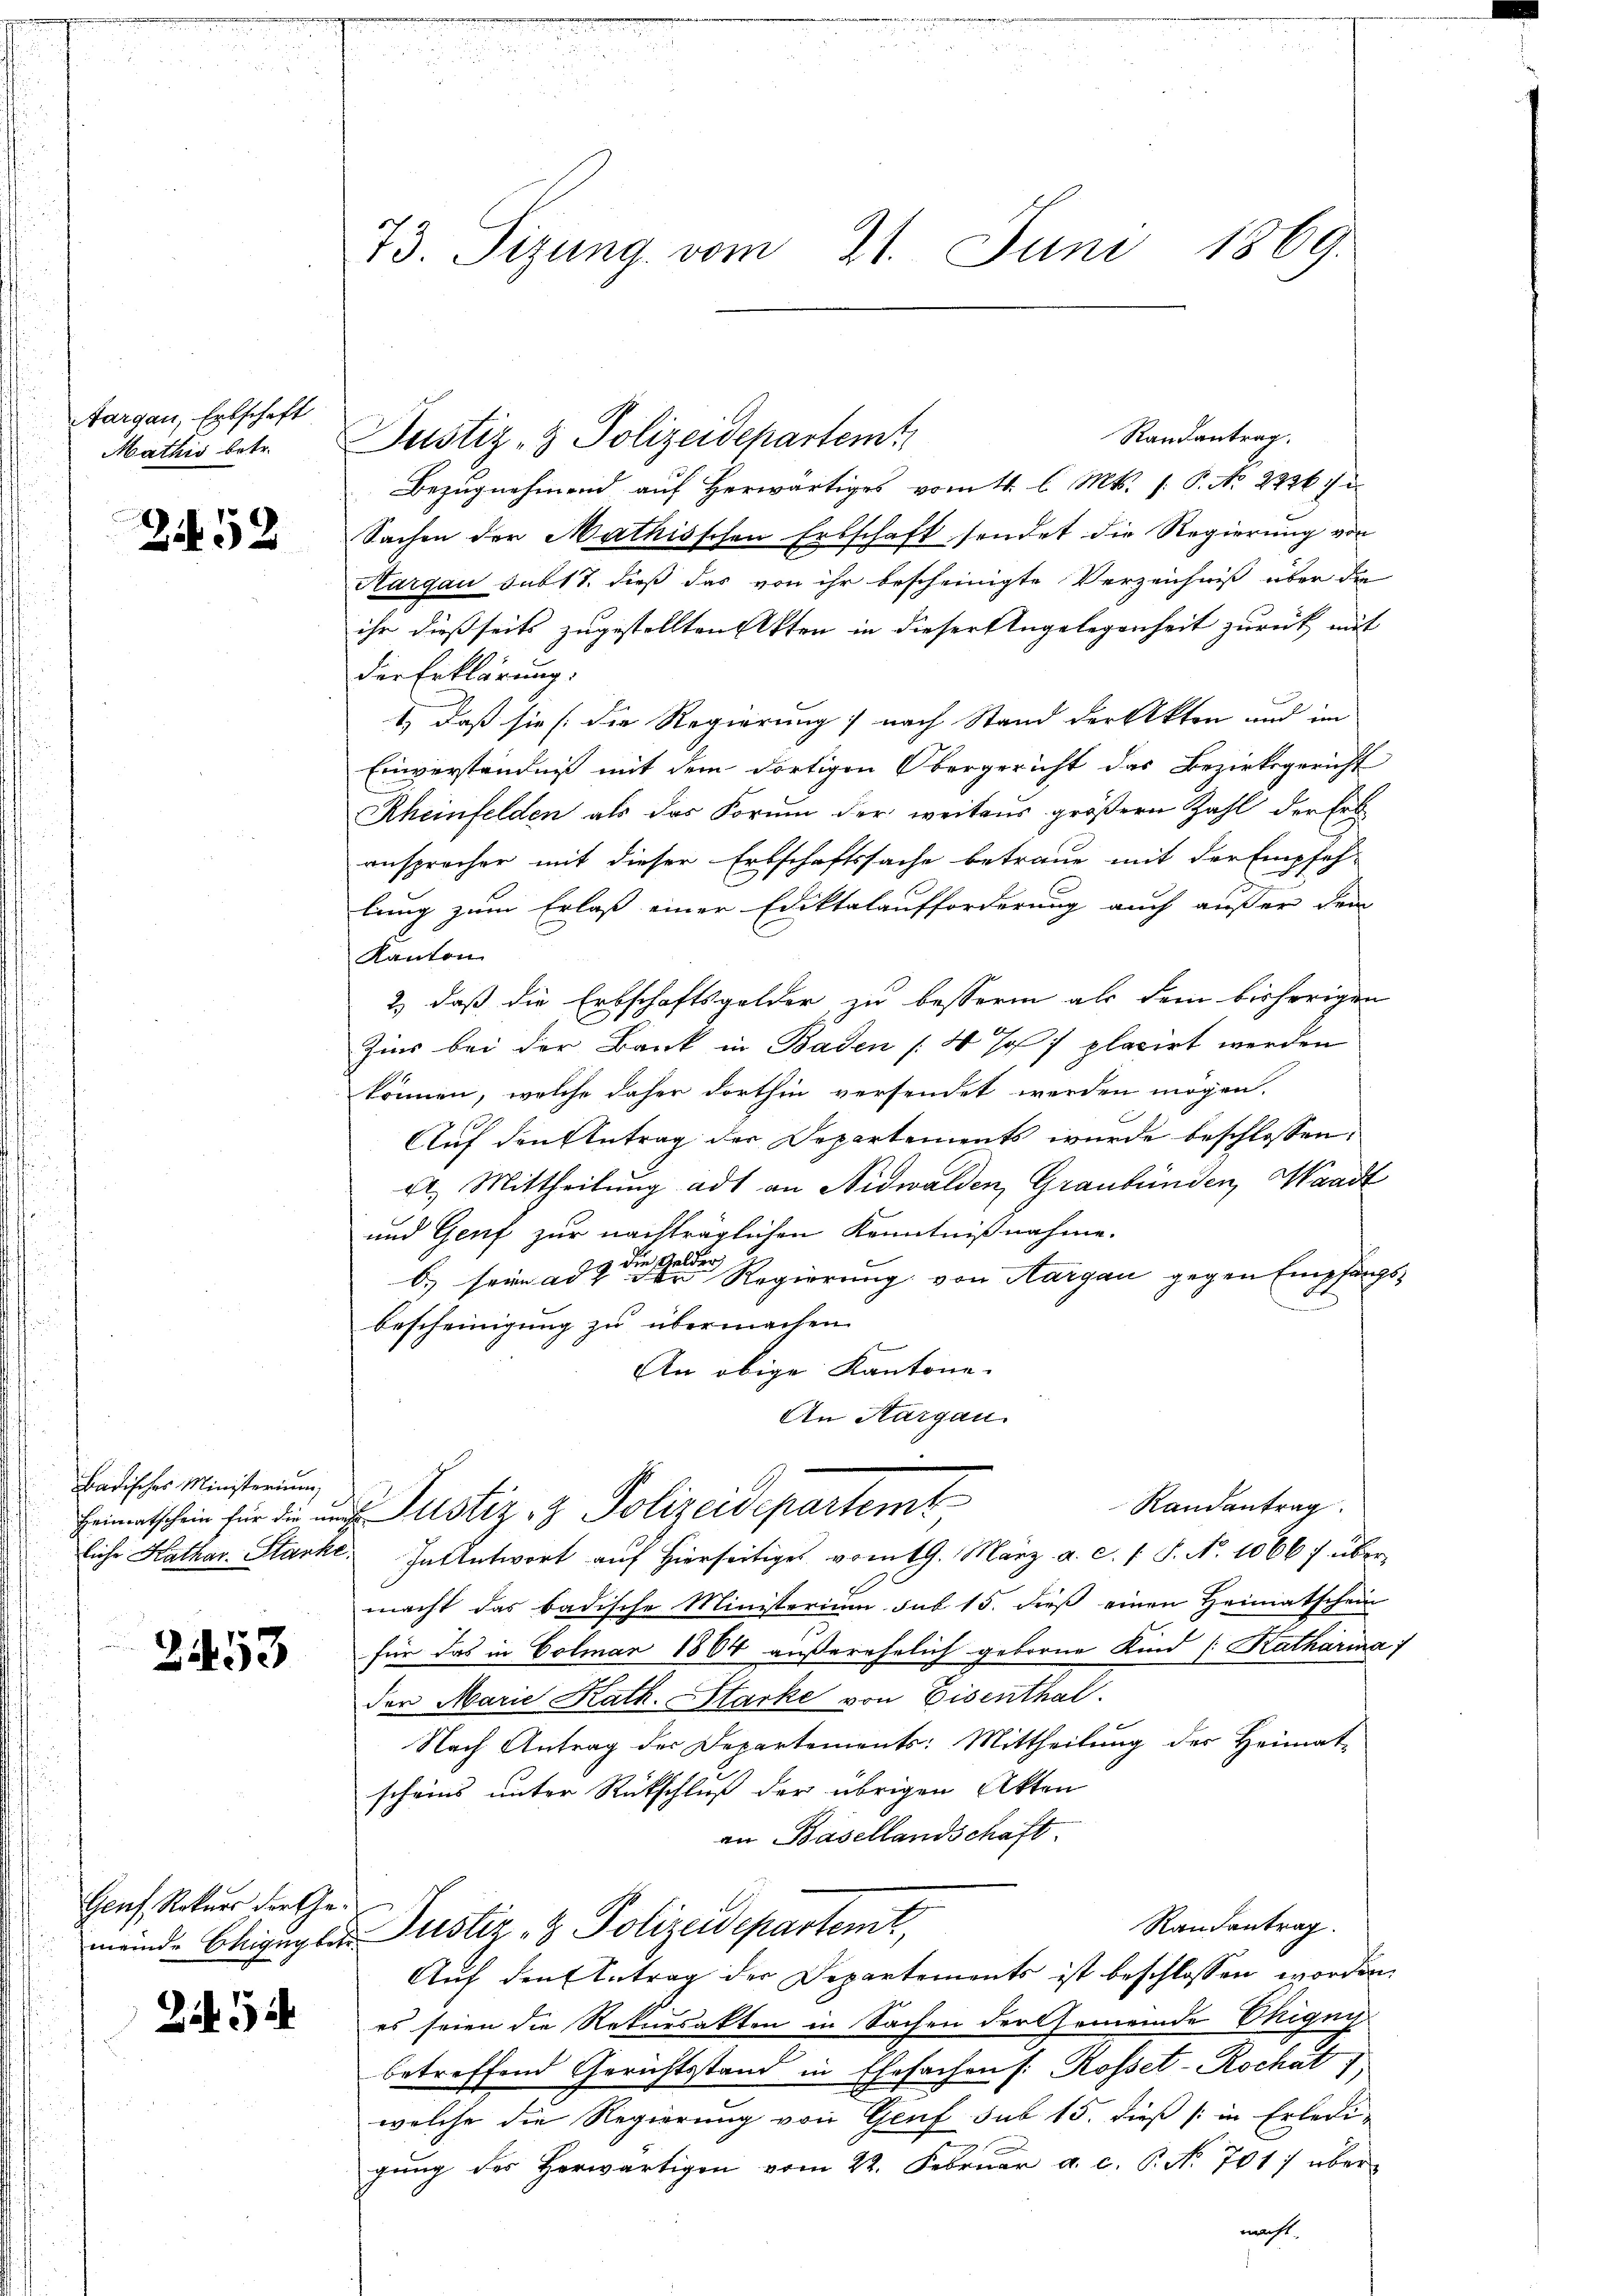
Aargau, Erbschaft
Mathis betr.

252

Badisches Ministerium
Heimatschein für die un
liche Kathar. Starke

2453

Genf, Rekurs der Ge¬

Zif. 54

73. Sizung vom 21. Juni 1869.

Randantrag.
Justiz- & Polizeidepartemt
Bezugnehmend auf Herwärtiges vom 4. l. Mts. f. P. No 2236 7
Sachen der Mathisschen Erbschaft sendet die Regierung von
Hargau sub 17. dieß das von ihr bescheinigte Verzeichniß über die
ihr dießseits zugestellten Akten in dieser Angelegenheit zurück mit
der Erklärung.
) daß sie [die Regierung) nach Stand der Akten und im
Einverständniß mit dem dortigen Obergericht das Bezirksgericht
Rheinfelden als das Forum der weitens größern Zahl der Erb
ansprecher mit dieser Erbschaftssache betraue mit der Empfeh-
d
lung zum Erlaß einer Ediktalaufforderung auch außer den
Kanton
2.) daß die Erbschaftsgelder, zu besseren als dem bisherigen
Zins bei der Bank in Baden [4 Jof placirt werden
können, welche daher dorthin versendet werden mögen.
Auf den Antrag der Departements wurde beschlossen:
A. Mittheilung ad an Nidwalden Graubünden, Waadt
und Genf zur nachträglichen Kenntnißnahme.
b) seine an der Regierung von Aargau gegen Empfangs
bescheinigung zu übermachen.
An obige Kantone.
An Aargau.
Randantrag
Justiz- & Polizeidepartemt
In Antwort auf hierseitiges vom 19. März a. c. 1 S. N. 10667 über
macht das badische Ministerium sub 15. dieß einen Heimatschein
für das in Colmar 1864 außerehelich geborne Kind /:Katharina
der Marie Kath. Stacke von Eisenthal.
Nach Antrag der Departements: Mittheilung des Heimat-
scheins unter Rückschluß der übrigen Akten
an Basellandschaft.
Randantrag.
eid-Chigngler Justiz & Polizeidepartemt,
Auf den Antrag der Departements ist beschlossen worden.
es seien die Rekursakten in Sachen der Gemeinde Okigni
betreffend Gerichtsstand in Ehesachen (: Rosset-Rochat
welche die Regierung von Genf sub 15. dieß (in Erledigung des Herwärtigen vom 22. Februar a. c. P. No. 701 über
macht.